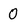
Character: 0